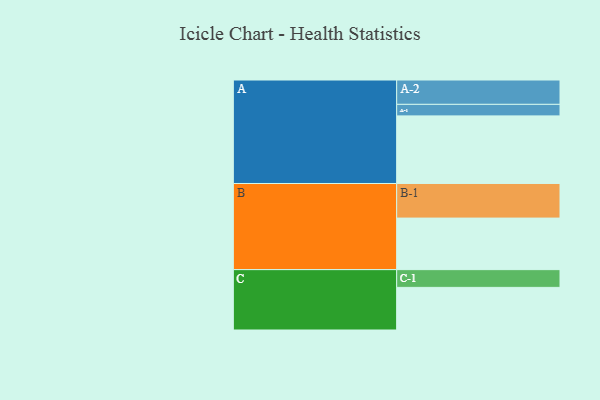
{"axis": {"x": "Segment", "y": "Value"}, "legend": ["", "A", "B", "C"], "data": [{"x": "A", "y": 522, "type": ""}, {"x": "B", "y": 398, "type": ""}, {"x": "C", "y": 329, "type": ""}, {"x": "A-1", "y": 89, "type": "A"}, {"x": "A-2", "y": 188, "type": "A"}, {"x": "B-1", "y": 267, "type": "B"}, {"x": "C-1", "y": 137, "type": "C"}]}